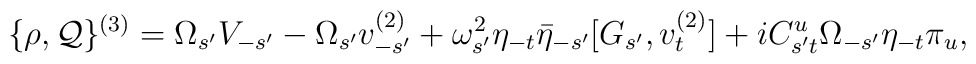
\{\rho,{\cal Q}\}^{(3)} = \Omega_{s'} V_{-s'} -	\Omega_{s'} v^{(2)}_{-s'} +	\omega_{s'}^{2} \eta_{-t} \bar{\eta}_{-s'} [G_{s'}, v_t^{(2)}] +	i C_{s't}^u \Omega_{-s'} \eta_{-t} \pi_u,